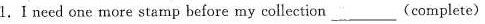
1.I need one more stamp before my collection___(eomplete)